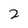
Character: 2